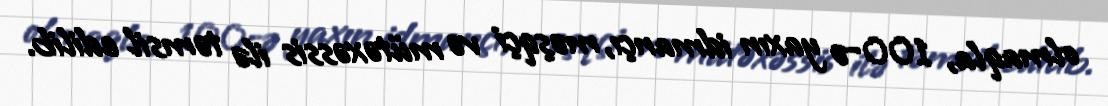
olmaqla, 100-ə yaxın idmançı, məşqçi və mütəxəssis ilə təmsil edilib.